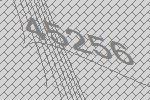
45256